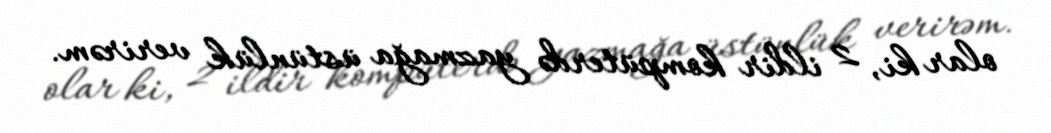
olar ki, 2 ildir kompüterdə yazmağa üstünlük verirəm.